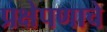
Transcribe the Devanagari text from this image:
प्रक्षेपणाचे